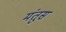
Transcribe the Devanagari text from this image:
मंतुस